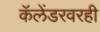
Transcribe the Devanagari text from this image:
कॅलेंडरवरही